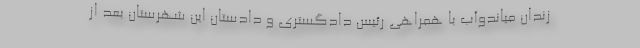
زندان میاندوآب با همراهی رئیس دادگستری و دادستان این شهرستان بعد از